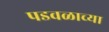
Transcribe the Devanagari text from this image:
पडवळाच्या